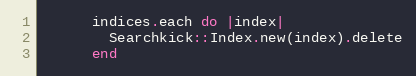
Language: Ruby
      indices.each do |index|
        Searchkick::Index.new(index).delete
      end